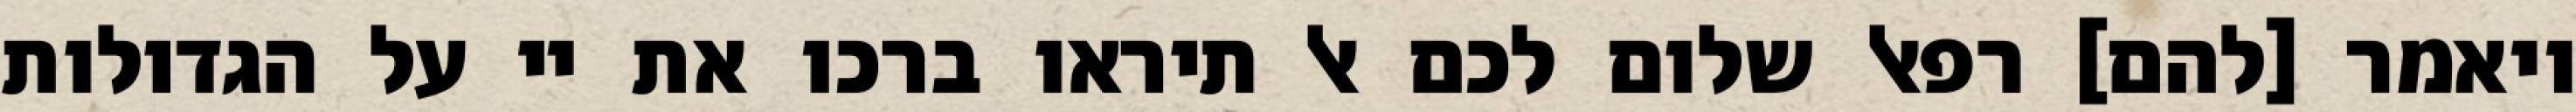
ויאמר [להם] רפאל שלום לכם אל תיראו ברכו את יי על הגדולות